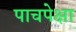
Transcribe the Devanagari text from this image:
पाचपेक्षा